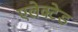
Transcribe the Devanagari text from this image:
एलेक्टेड